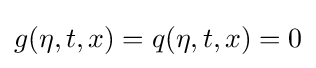
g(\eta ,t,x)=q(\eta ,t,x)=0